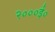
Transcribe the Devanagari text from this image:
२०००ई०